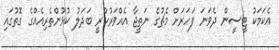
އެކަމަަކު ޓީސީން ދެވަނަ ފަހަރަށް މެޗުގެ ނަތީޖާ އެއްވަރުކުރީ ބަދަލު ކުުޅުންތެރިއެއްގެ ގޮތުގައި